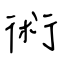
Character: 術